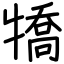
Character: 犞